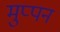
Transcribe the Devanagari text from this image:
मुप्पन